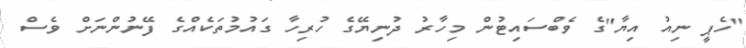
"ހެޕީ ނިއު އިޔާ"ގެ ވެބްސައިޓުން މިހާރު ދުނިޔޭގެ ހުރިހާ ގައުމުތަކެއްގެ ފޭނުންނަށް ވެސް